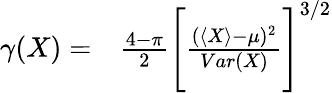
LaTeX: \begin{array}{rl}{\gamma(X)=}&{{}\frac{4-\pi}{2}\Biggl[\frac{(\langle X\rangle-\mu)^{2}}{Var(X)}\Biggr]^{3/2}}\end{array}